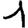
Digit: 1